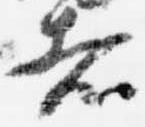
者